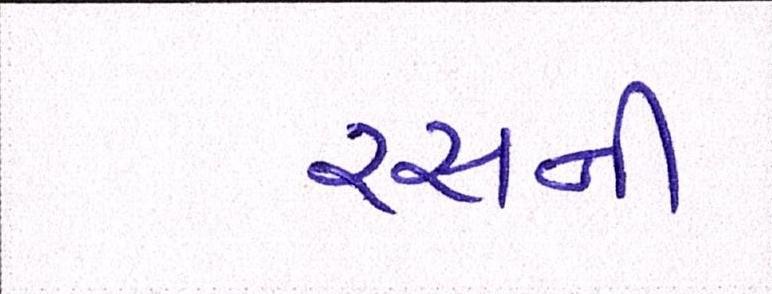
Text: રસની